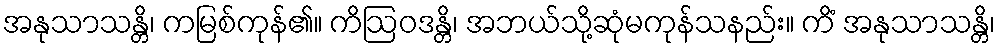
အနုသာသန္တိ၊ ကမြစ်ကုန်၏။ ကိဩဝဒန္တိ၊ အဘယ်သို့ဆုံမကုန်သနည်း။ ကိံ အနုသာသန္တိ၊